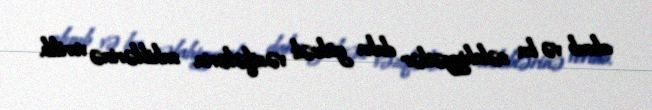
alınıb və bu səlahiyyətlər daha yüksək vəzifələrin sahiblərinə verilib.